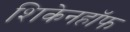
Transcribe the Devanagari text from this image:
शिकेनहॉफ